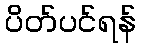
ပိတ်ပင်ရန်